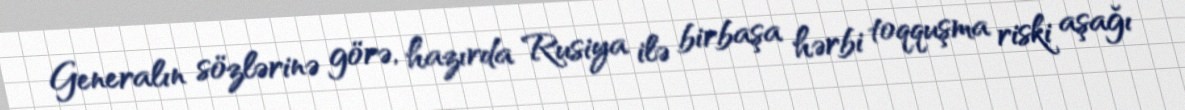
Generalın sözlərinə görə, hazırda Rusiya ilə birbaşa hərbi toqquşma riski aşağı